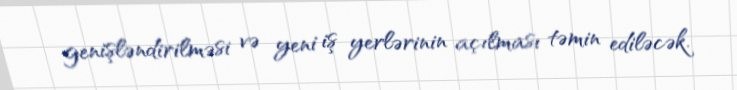
genişləndirilməsi və yeni iş yerlərinin açılması təmin ediləcək.